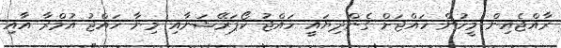
ރާއްޖެއިން މީހުން ހައްޖަށް ގެންދިޔައީ ހައްޖު ކޯޕަރޭޝަނާއި މިނާ ހައްޖު އުމްރާ އާއި